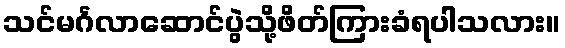
သင်မင်္ဂလာဆောင်ပွဲသို့ဖိတ်ကြားခံရပါသလား။